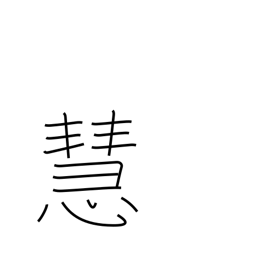
Meaning: wise